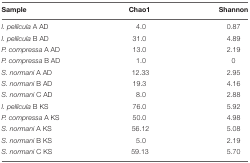
<table><thead><tr><td><b>Sample</b></td><td><b>Chao1</b></td><td><b>Shannon</b></td></tr></thead><tbody><tr><td><i>I. pellicula</i> A AD</td><td>4.0</td><td>0.87</td></tr><tr><td><i>I. pellicula</i> B AD</td><td>31.0</td><td>4.89</td></tr><tr><td><i>P. compressa</i> A AD</td><td>13.0</td><td>2.19</td></tr><tr><td><i>P. compressa</i> B AD</td><td>1.0</td><td>0</td></tr><tr><td><i>S. normani</i> A AD</td><td>12.33</td><td>2.95</td></tr><tr><td><i>S. normani</i> B AD</td><td>19.3</td><td>4.16</td></tr><tr><td><i>S. normani</i> C AD</td><td>8.0</td><td>2.88</td></tr><tr><td><i>I. pellicula</i> B KS</td><td>76.0</td><td>5.92</td></tr><tr><td><i>P. compressa</i> A KS</td><td>50.0</td><td>4.98</td></tr><tr><td><i>S. normani</i> A KS</td><td>56.12</td><td>5.08</td></tr><tr><td><i>S. normani</i> B KS</td><td>5.0</td><td>2.19</td></tr><tr><td><i>S. normani</i> C KS</td><td>59.13</td><td>5.70</td></tr></tbody></table>